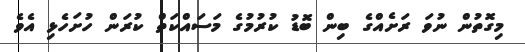
މިގޮތުން ނުވަ ރަށެއްގެ ބިން ބޮޑު ކުރުމުގެ މަސައްކަތް ކުރަން ހުށަހެޅި އެވެ